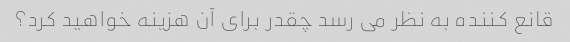
قانع کننده به نظر می رسد چقدر برای آن هزینه خواهید کرد؟